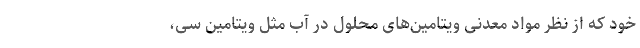
خود که از نظر مواد معدنی ویتامین‌های محلول در آب مثل ویتامین سی،